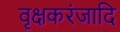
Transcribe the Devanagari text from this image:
वृक्षकरंजादि